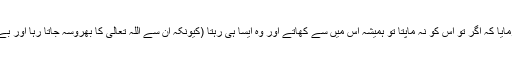
پھر وہ رسول اللہﷺ کے پاس آیا تو آپﷺ نے فرمایا کہ اگر تو اس کو نہ ماپتا تو ہمیشہ اس میں سے کھاتے اور وہ ایسا ہی رہتا (کیونکہ ان سے اللہ تعالیٰ کا بھروسہ جاتا رہا اور بے صبری ظاہر ہوئی پھر برکت کہاں رہے گی)۔